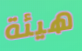
هيئة